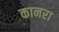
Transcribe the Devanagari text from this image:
कानरा